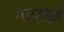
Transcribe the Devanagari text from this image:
श्वास्थमे